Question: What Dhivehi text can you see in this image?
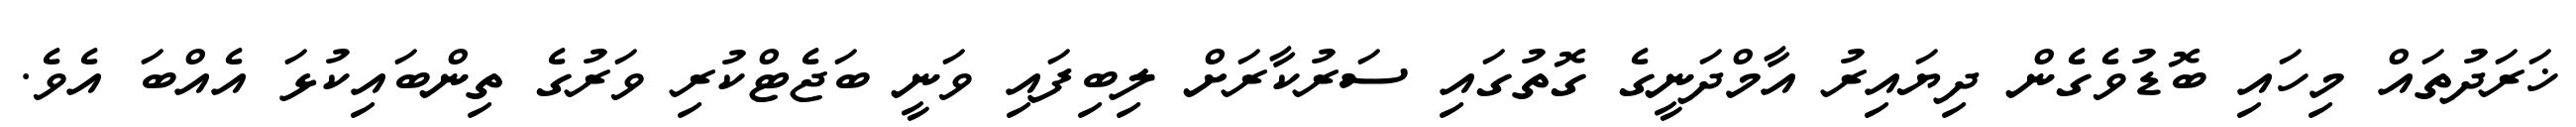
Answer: ޚަރަދުތައް މިހައި ބޮޑުވެގެން ދިޔައިރު އާމްދަނީގެ ގޮތުގައި ސަރުކާރަށް ލިބިފައި ވަނީ ބަޖެޓްކުރި ވަރުގެ ތިންބައިކުޅަ އެއްބަ އެވެ.